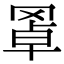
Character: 𦋇